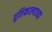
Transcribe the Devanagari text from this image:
हुतिकाल्पाच्या